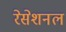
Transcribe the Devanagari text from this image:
रेसेशनल